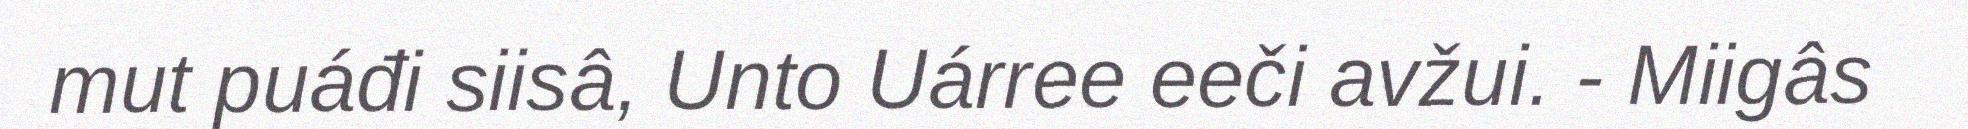
mut puáđi siisâ, Unto Uárree eeči avžui. - Miigâs